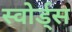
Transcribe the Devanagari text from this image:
स्वोर्ड्स